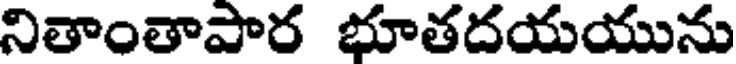
నితాంతాపార భూతదయయును